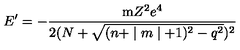
E ^ { \prime } = - \frac { \mathrm { m } Z ^ { 2 } e ^ { 4 } } { 2 ( N + \sqrt { ( n + \mid m \mid + 1 ) ^ { 2 } - q ^ { 2 } } ) ^ { 2 } }